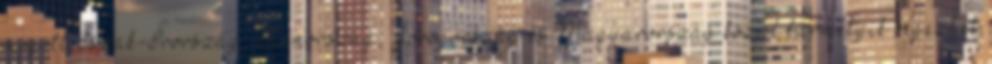
mögött Észak-Írország, Finnország, Görögország és Magyarország közül bármelyik végezhet